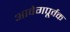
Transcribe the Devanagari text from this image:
आवेगपूर्वक